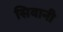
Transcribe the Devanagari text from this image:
सिवानी